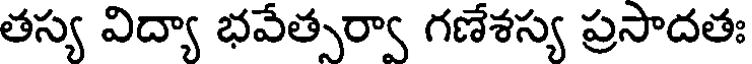
తస్య విద్యా భవేత్సర్వా గణేశస్య ప్రసాదతః